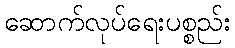
ဆောက်လုပ်ရေးပစ္စည်း